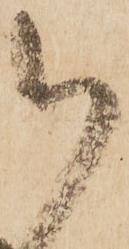
御